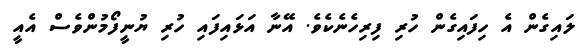
ލައިގެން އެ ހިފައިގެން ހުރި ފިރިހެނެކެވެ. އޭނާ އަޅައިފައި ހުރި ޔުނީފޯމުންވެސް އެއީ